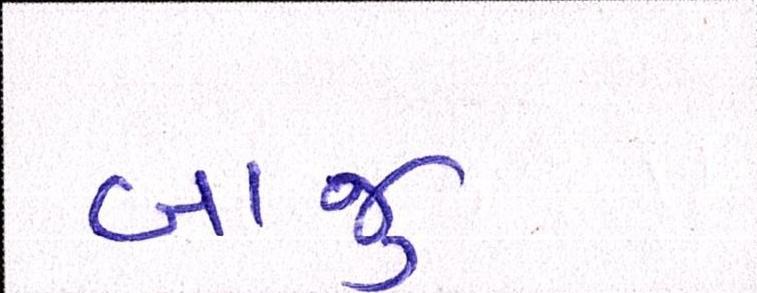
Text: બાજુ